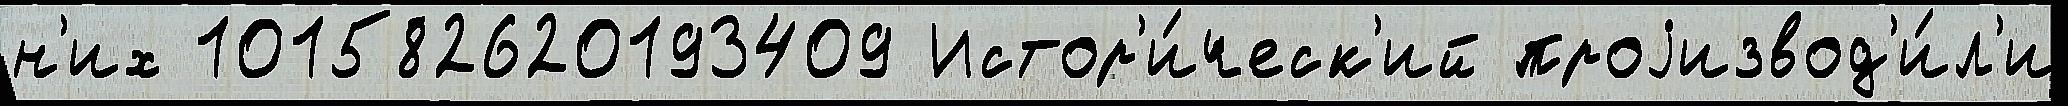
н'их 101582620193409 Истор'и́ческ'ий проjизвод'и́л'и